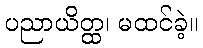
ပညာယိတ္ထ၊ မထင်ခဲ့။